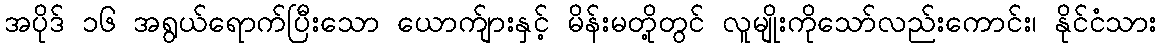
အပိုဒ် ၁၆ အရွယ်ရောက်ပြီးသော ယောက်ျားနှင့် မိန်းမတို့တွင် လူမျိုးကိုသော်လည်းကောင်း၊ နိုင်ငံသား